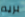
بريم